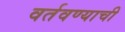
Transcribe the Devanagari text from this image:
वर्तवण्याची